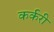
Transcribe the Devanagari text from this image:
कर्करी